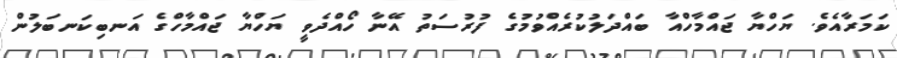
ކަމަރާއެވެ. ޔަހްޔާ ޖައްމާހްއާ ބައްދަލުކުރެއްވުމުގެ ފުރުސަތު އޭނާ ހޯއްދެވީ ޔަހްޔާ ޖައްމާހްގެ އަނބިކަނބަލުން